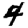
Digit: 4